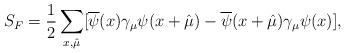
LaTeX: \begin{align*}S_F=\frac{1}{2}\sum_{x,\hat{\mu}}[\overline{\psi}(x)\gamma_\mu\psi (x+\hat{\mu})-\overline{\psi}(x+\hat{\mu})\gamma_\mu\psi(x)],\end{align*}